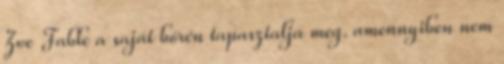
Zoe Fable a saját bőrén tapasztalja meg. amennyiben nem